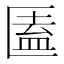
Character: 𠥕